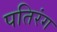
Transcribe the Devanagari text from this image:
पतिरंग